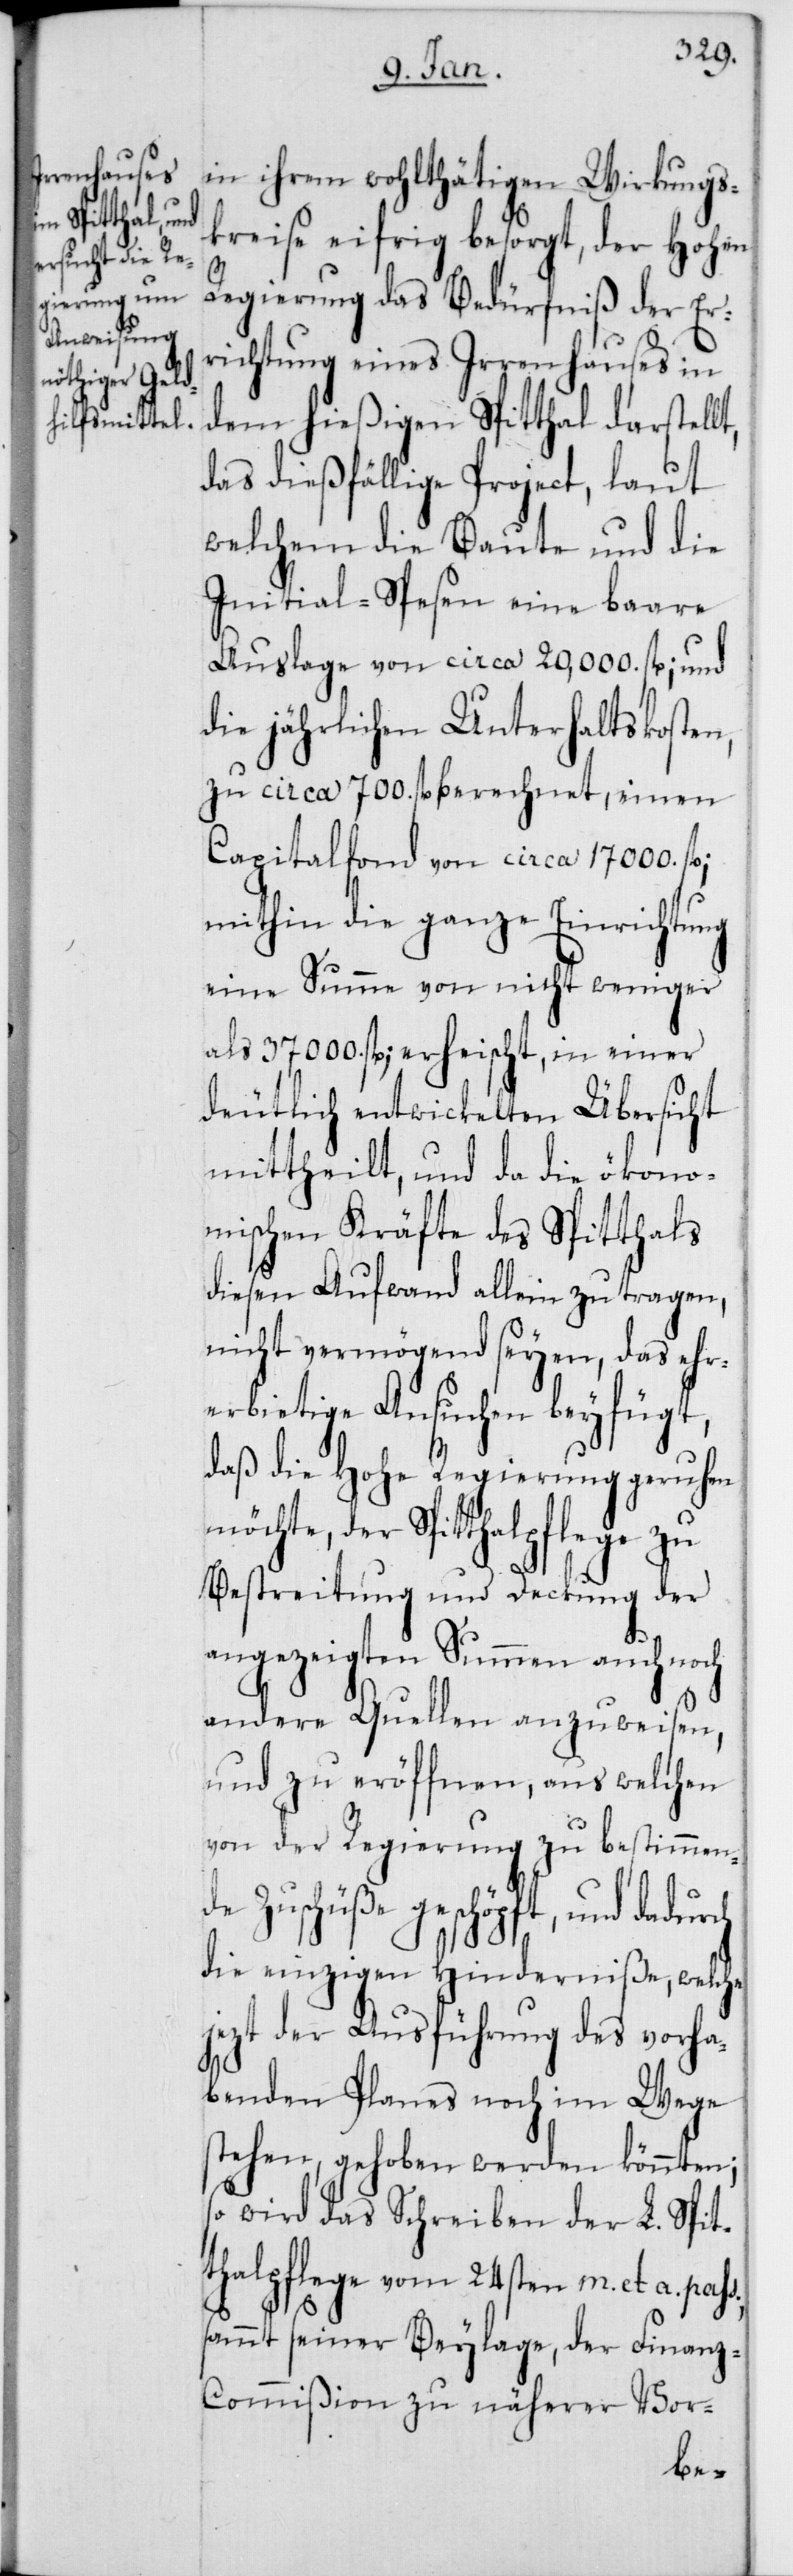
in ihrem wohlthätigen Wirkungs¬
kreise eifrig besorgt, der Hohen
Regierung das Bedürfniß der Er¬
richtung eines Irrenhauses in
dem hießigen Spitthal darstellt,
das dießfällige Project, laut
welchem die Baute und die
Initial-Spesen eine baare
Auslage von circa 20,000. fl.; und
die jährlichen Unterhaltskosten,
zu circa 700. fl. berechnet, einen
Capitalfonds von circa 17 000. fl.;
mithin die ganze Einrichtung
eine Summe von nicht weniger
als 37 000. fl.; erheischt, in einer
deutlich entwickelten Übersicht
mittheilt, und da die ökono¬
mischen Kräfte des Spitthals
diesen Aufwand allein zu tragen,
nicht vermögend seyen, das ehr¬
erbietige Ansuchen beyfügt,
daß die Hohe Regierung geruhen
möchte, der Spitthalpflege
Bestreitung und Deckung der
angezeigten Summen auch noch
andere Quellen anzuweisen,
und zu eröffnen, aus welchen
von der Regierung zu bestimmen¬
de Zuschüße geschöpft, und
die einzigen Hinderniße, welche
jezt der Ausführung des vorha¬
benden Planes noch im Wege
stehen, gehoben werden könnten;
so wird das Schreiben der L. Spit¬
thalpflege vom 24sten m. et a.
sammt seiner Beylage, der Finanz-C¬
ommißion zu näherer Vor-